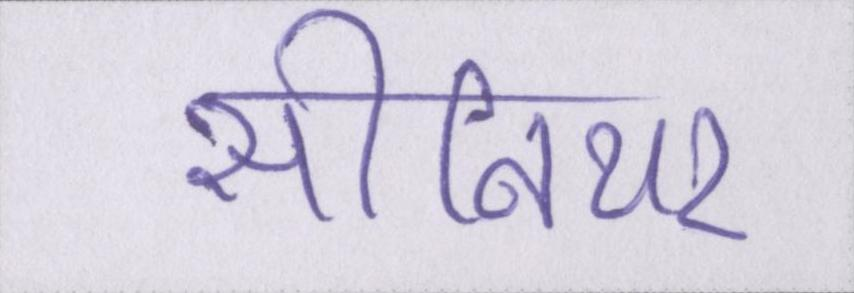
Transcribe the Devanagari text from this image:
सीनियर